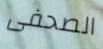
الصحفى